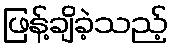
ဖြန့်ချိခဲ့သည့်